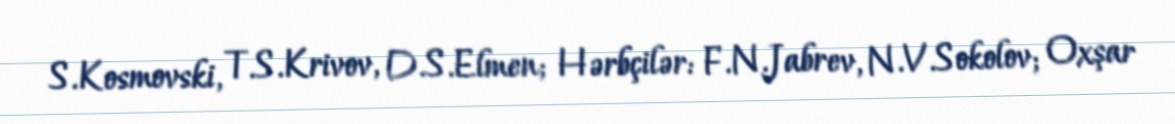
S.Kosmovski, T.S.Krivov, D.S.Elmen; Hərbçilər: F.N.Jabrev, N.V.Sokolov; Oxşar